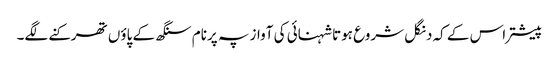
پیشتر اس کے کہ دنگل شروع ہوتا شہنائی کی آواز پہ پرنام سنگھ کے پاؤں تھرکنے لگے۔